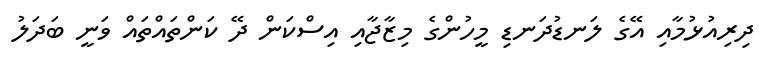
ދިރިއުޅުމާއި އޭގެ ލަނޑުދަނޑި މީހުންގެ މިޒާޖާއި އިސްކަން ދޭ ކަންތައްތައް ވަނީ ބަދަލު